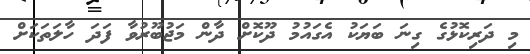
މި ދަރިކޮޅުގެ ގިނަ ބަޔަކު އެގައުމު ދޫކޮށް ދާން މަޖުބޫރުވާ ފަދަ ހާލަތަކަށް